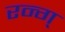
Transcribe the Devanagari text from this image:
रन्ग्